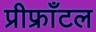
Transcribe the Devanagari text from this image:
प्रीफ्राँटल